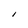
Character: I